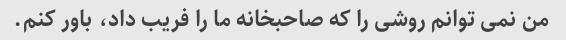
من نمی توانم روشی را که صاحبخانه ما را فریب داد، باور کنم.